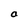
Character: a